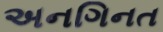
અનગિનત